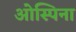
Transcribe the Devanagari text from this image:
ओस्पिना